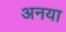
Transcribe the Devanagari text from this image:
अनया